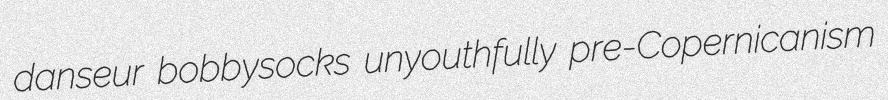
danseur bobbysocks unyouthfully pre-Copernicanism